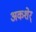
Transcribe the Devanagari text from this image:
अकशेर्